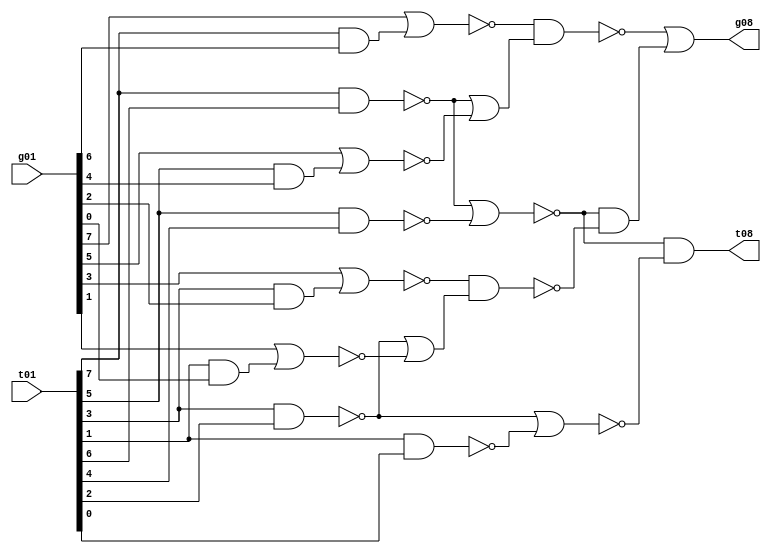
module tri_st_add_glbloc(
   g01,
   t01,
   g08,
   t08
);
   input [0:7] g01;		// after xor
   input [0:7] t01;
   output      g08;
   output      t08;

   wire [0:3]  g02_b;
   wire [0:3]  t02_b;
   wire [0:1]  g04;
   wire [0:1]  t04;
   wire        g08_b;
   wire        t08_b;

   assign g02_b[0] = (~(g01[0] | (t01[0] & g01[1])));
   assign g02_b[1] = (~(g01[2] | (t01[2] & g01[3])));
   assign g02_b[2] = (~(g01[4] | (t01[4] & g01[5])));
   assign g02_b[3] = (~(g01[6] | (t01[6] & g01[7])));

   assign t02_b[0] = (~(t01[0] & t01[1]));
   assign t02_b[1] = (~(t01[2] & t01[3]));
   assign t02_b[2] = (~(t01[4] & t01[5]));
   assign t02_b[3] = (~(t01[6] & t01[7]));

   assign g04[0] = (~(g02_b[0] & (t02_b[0] | g02_b[1])));
   assign g04[1] = (~(g02_b[2] & (t02_b[2] | g02_b[3])));

   assign t04[0] = (~(t02_b[0] | t02_b[1]));
   assign t04[1] = (~(t02_b[2] | t02_b[3]));

   assign g08_b = (~(g04[0] | (t04[0] & g04[1])));

   assign t08_b = (~((t04[0] & t04[1])));

   assign g08 = (~(g08_b));		// output

   assign t08 = (~(t08_b));		// output


endmodule